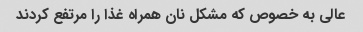
عالی به خصوص که مشکل نان همراه غذا را مرتفع کردند